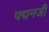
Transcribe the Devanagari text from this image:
पद्मनजी